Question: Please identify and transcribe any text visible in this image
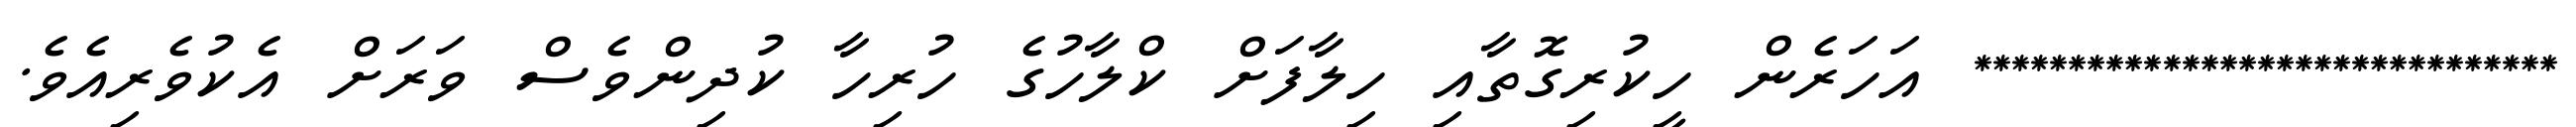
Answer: ******************************* އަހަރެން ހީކުރިގޮތާއި ހިލާފަށް ކްލާހުގެ ހުރިހާ ކުދިންވެސް ވަރަށް އެކުވެރިއެވެ.